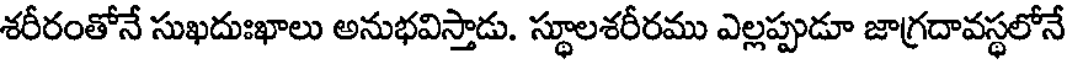
శరీరంతోనే సుఖదుఃఖాలు అనుభవిస్తాడు. స్థూలశరీరము ఎల్లప్పుడూ జాగ్రదావస్థలోనే